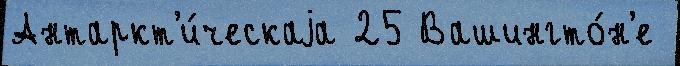
Антаркт'и́ческаjа 25 Вашингто́н'е